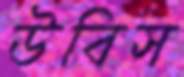
উবিস